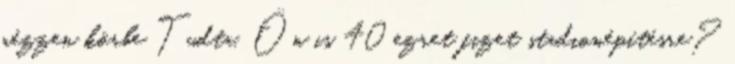
nézzen körbe Tudta, Ön is 40 ezret fizet stadionépítésre?